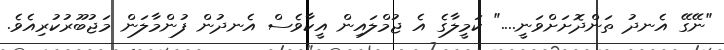
"ނޭގޭ އެނދު ތަންދޮށަށްވަނީ...." ކަމީލާގެ އެ ޖުމްލައިން އީކާވެސް އެނދުން ފުންމާލަން މަޖުބޫރުކުރިއެވެ.